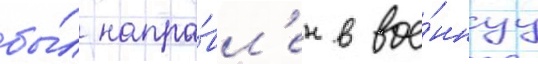
бы́л напра́вл'ен в вое́ннуу